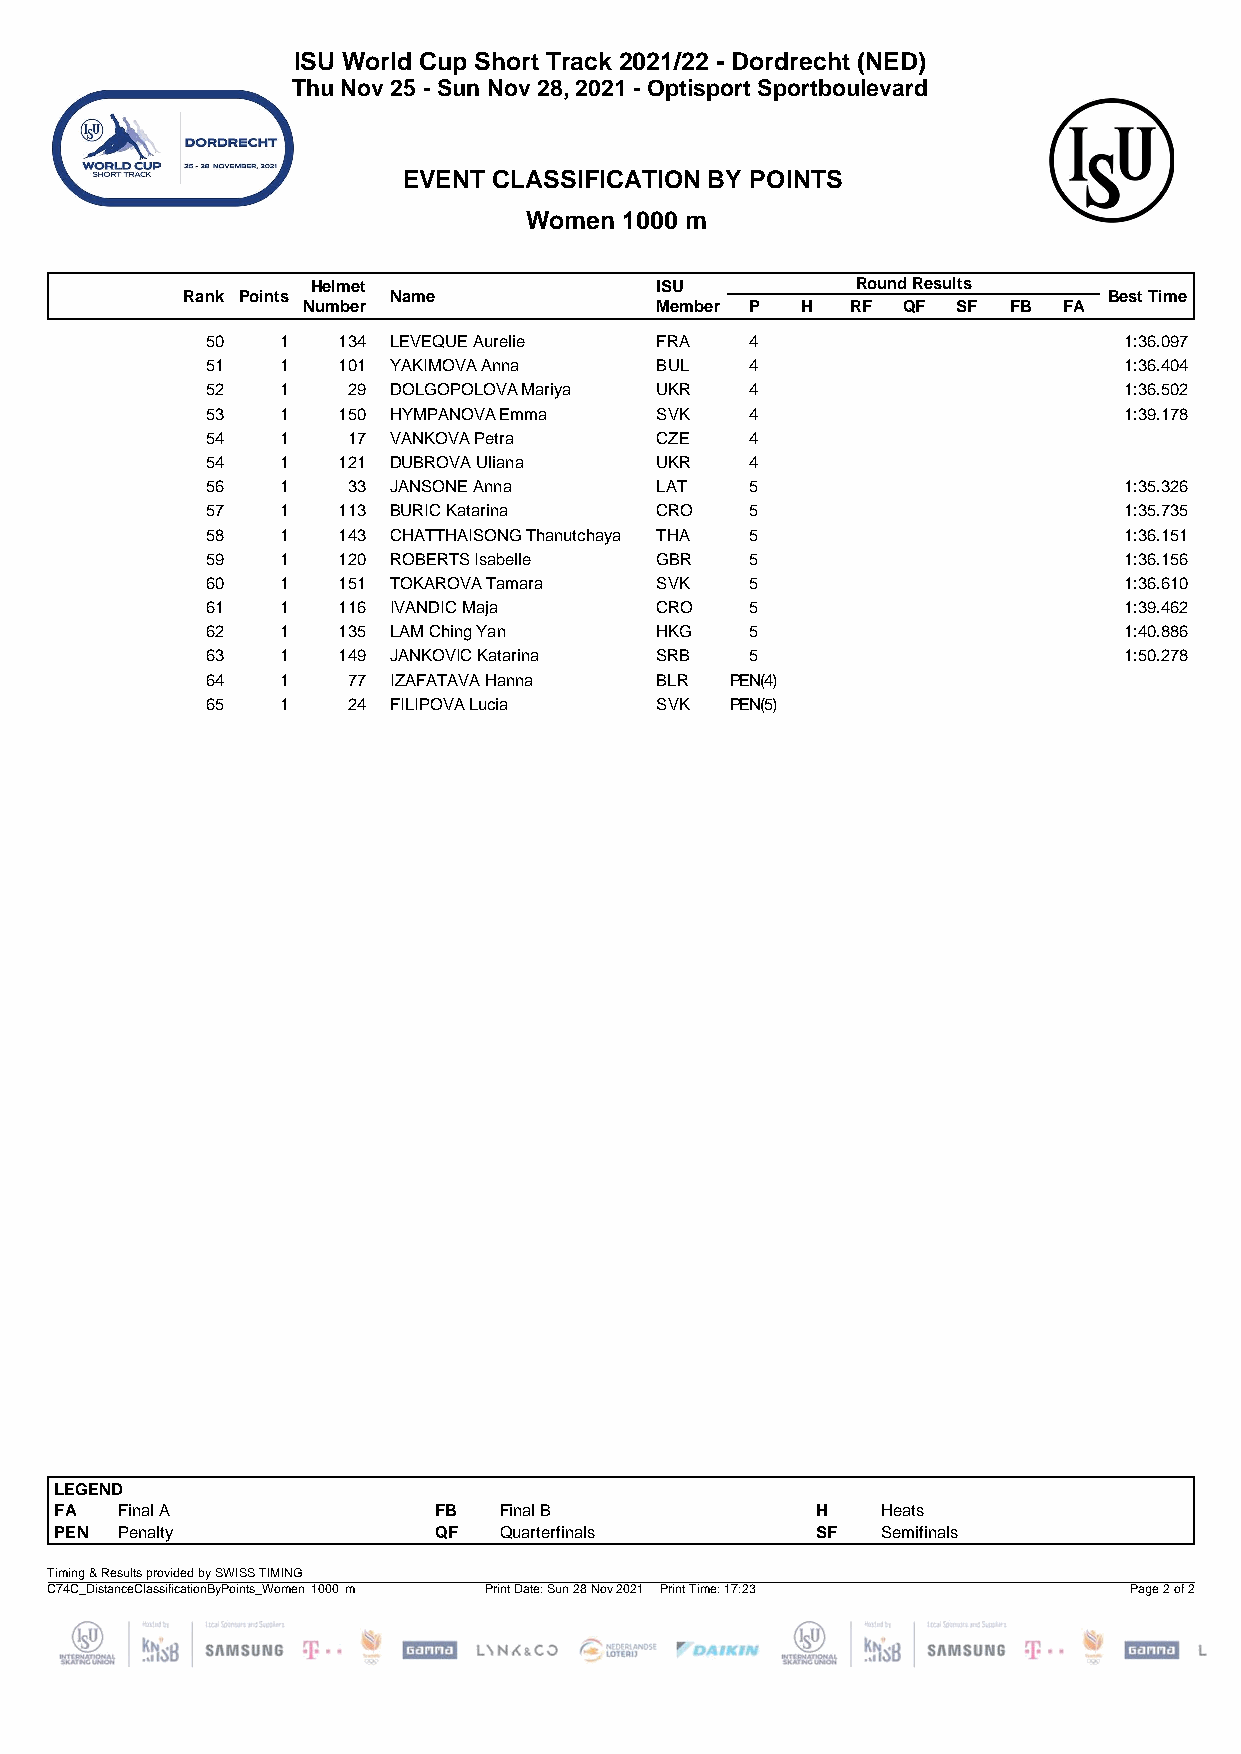
ISU World Cup Short Track 2021/22 - Dordrecht (NED)
 Thu Nov 25 - Sun Nov 28, 2021 - Optisport Sportboulevard
 EVENT CLASSIFICATION BY POINTS
 Women 1000 m
 Helmet                ISU           Round Results
 Rank Points   Name                                           Best Time
 Number                 Member P  H  RF  QF SF  FB FA
 50   1  134 LEVEQUE Aurelie  FRA    4                       1:36.097
 51   1  101 YAKIMOVA Anna    BUL    4                       1:36.404
 52   1   29 DOLGOPOLOVA Mariya UKR  4                       1:36.502
 53   1  150 HYMPANOVA Emma   SVK    4                       1:39.178
 54   1   17 VANKOVA Petra    CZE    4
 54   1  121 DUBROVA Uliana   UKR    4
 56   1   33 JANSONE Anna     LAT    5                       1:35.326
 57   1  113 BURIC Katarina   CRO    5                       1:35.735
 58   1  143 CHATTHAISONG Thanutchaya THA 5                  1:36.151
 59   1  120 ROBERTS Isabelle GBR    5                       1:36.156
 60   1  151 TOKAROVA Tamara  SVK    5                       1:36.610
 61   1  116 IVANDIC Maja     CRO    5                       1:39.462
 62   1  135 LAM Ching Yan    HKG    5                       1:40.886
 63   1  149 JANKOVIC Katarina SRB   5                       1:50.278
 64   1   77 IZAFATAVA Hanna  BLR  PEN(4)
 65   1   24 FILIPOVA Lucia   SVK  PEN(5)
 LEGEND
 FA  Final A              FB  Final B              H   Heats
 PEN Penalty              QF  Quarterfinals        SF  Semifinals
 Timing & Results provided by SWISS TIMING
 C74C_DistanceClassificationByPoints_Women 1000 m Print Date: Sun 28 Nov 2021 Print Time: 17:23 Page 2 of 2